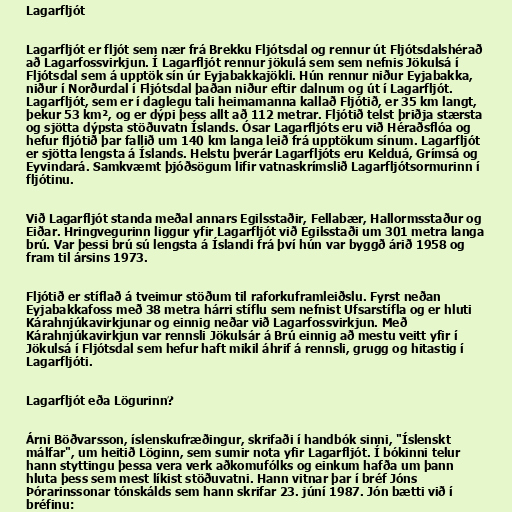
Lagarfljót

Lagarfljót er fljót sem nær frá Brekku Fljótsdal og rennur út Fljótsdalshérað
að Lagarfossvirkjun. Í Lagarfljót rennur jökulá sem sem nefnis Jökulsá í
Fljótsdal sem á upptök sín úr Eyjabakkajökli. Hún rennur niður Eyjabakka,
niður í Norðurdal í Fljótsdal þaðan niður eftir dalnum og út í Lagarfljót.
Lagarfljót, sem er í daglegu tali heimamanna kallað Fljótið, er 35 km langt,
þekur 53 km², og er dýpi þess allt að 112 metrar. Fljótið telst þriðja stærsta
og sjötta dýpsta stöðuvatn Íslands. Ósar Lagarfljóts eru við Héraðsflóa og
hefur fljótið þar fallið um 140 km langa leið frá upptökum sínum. Lagarfljót
er sjötta lengsta á Íslands. Helstu þverár Lagarfljóts eru Kelduá, Grímsá og
Eyvindará. Samkvæmt þjóðsögum lifir vatnaskrímslið Lagarfljótsormurinn í
fljótinu.

Við Lagarfljót standa meðal annars Egilsstaðir, Fellabær, Hallormsstaður og
Eiðar. Hringvegurinn liggur yfir Lagarfljót við Egilsstaði um 301 metra langa
brú. Var þessi brú sú lengsta á Íslandi frá því hún var byggð árið 1958 og
fram til ársins 1973.

Fljótið er stíflað á tveimur stöðum til raforkuframleiðslu. Fyrst neðan
Eyjabakkafoss með 38 metra hárri stíflu sem nefnist Ufsarstífla og er hluti
Kárahnjúkavirkjunar og einnig neðar við Lagarfossvirkjun. Með
Kárahnjúkavirkjun var rennsli Jökulsár á Brú einnig að mestu veitt yfir í
Jökulsá í Fljótsdal sem hefur haft mikil áhrif á rennsli, grugg og hitastig í
Lagarfljóti.

Lagarfljót eða Lögurinn?

Árni Böðvarsson, íslenskufræðingur, skrifaði í handbók sinni, "Íslenskt
málfar", um heitið Löginn, sem sumir nota yfir Lagarfljót. Í bókinni telur
hann styttingu þessa vera verk aðkomufólks og einkum hafða um þann
hluta þess sem mest líkist stöðuvatni. Hann vitnar þar í bréf Jóns
Þórarinssonar tónskálds sem hann skrifar 23. júní 1987. Jón bætti við í
bréfinu: